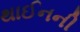
થાઈનની